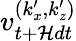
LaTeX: v_{t+\mathcal{H}dt}^{(k_{x}^{\prime},k_{z}^{\prime})}